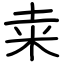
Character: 𥸮